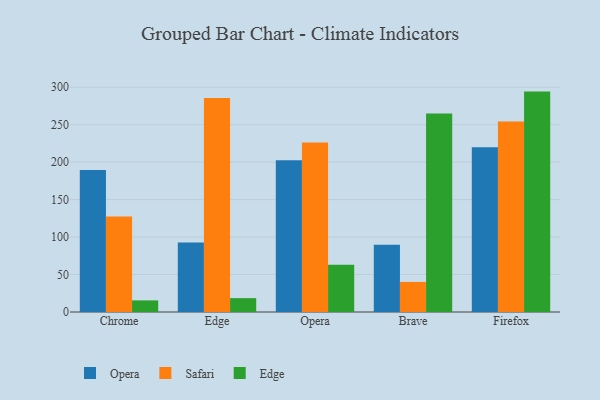
{"axis": {"x": "Browser", "y": "Satisfaction Score"}, "legend": ["Edge", "Opera", "Safari"], "data": [{"x": "Chrome", "y": 189.6, "type": "Opera"}, {"x": "Chrome", "y": 127.6, "type": "Safari"}, {"x": "Chrome", "y": 15.5, "type": "Edge"}, {"x": "Edge", "y": 92.9, "type": "Opera"}, {"x": "Edge", "y": 285.7, "type": "Safari"}, {"x": "Edge", "y": 18.5, "type": "Edge"}, {"x": "Opera", "y": 202.6, "type": "Opera"}, {"x": "Opera", "y": 226.3, "type": "Safari"}, {"x": "Opera", "y": 62.9, "type": "Edge"}, {"x": "Brave", "y": 89.7, "type": "Opera"}, {"x": "Brave", "y": 40.1, "type": "Safari"}, {"x": "Brave", "y": 265.0, "type": "Edge"}, {"x": "Firefox", "y": 219.7, "type": "Opera"}, {"x": "Firefox", "y": 254.2, "type": "Safari"}, {"x": "Firefox", "y": 294.1, "type": "Edge"}]}